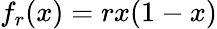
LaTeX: f_{r}(x)=rx(1-x)